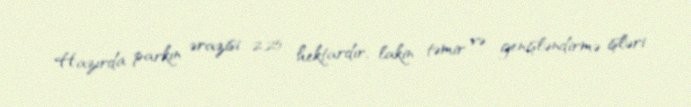
Hazırda parkın ərazisi 2.25 hektardır, lakin təmir və genişləndirmə işləri